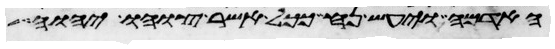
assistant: האדמה ויעש נח ככל אשר צוהו יהוה